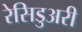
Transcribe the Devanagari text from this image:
रेसिडुअरी